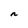
Character: n